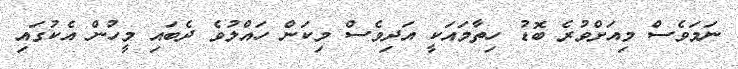
ނަމަވެސް މިއަށްވުރެ ބޮޑު ހިތާމައަކީ އަދިވެސް މިކަން ހައްލުވެ ދެބައި މީހުން އެކުގައި